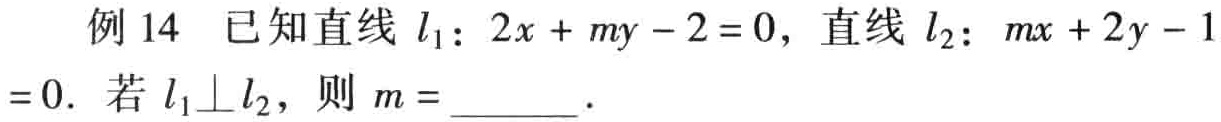
例 14 已知直线 \(l_{1}:2x + my - 2 = 0\)，直线 \(l_{2}:mx + 2y - 1 = 0\). 若 \(l_{1}\perp l_{2}\)，则 \(m =\)  ．